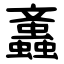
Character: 䘇